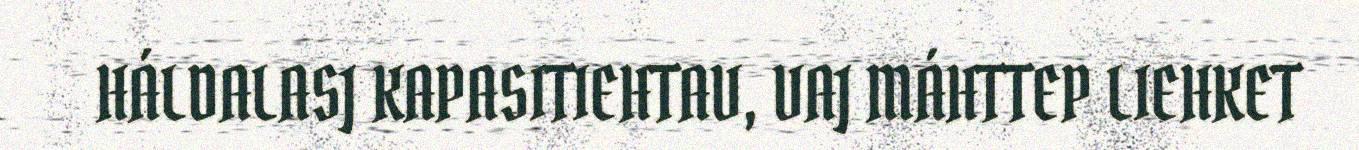
HÁLDALASJ KAPASITIEHTAV, VAJ MÁHTTEP LIEHKET